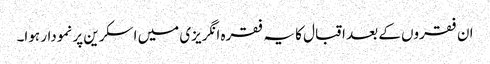
ان فقروں کے بعد اقبال کا یہ فقرہ انگریزی میں اسکرین پر نمودار ہوا۔